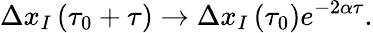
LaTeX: \Delta x_{I}\left(\tau_{0}+\tau\right)\rightarrow\Delta x_{I}\left(\tau_{0}\right)e^{-2\alpha\tau}.